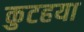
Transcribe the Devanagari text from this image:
कुटहया